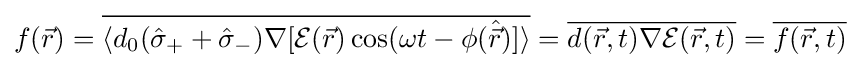
f({\vec {r}})={\overline {\langle d_{0}({\hat {\sigma }}_{+}+{\hat {\sigma }}_{-})\nabla [{\mathcal {E}}({\vec {r}})\cos(\omega t-\phi ({\hat {\vec {r}}})]\rangle }}={\overline {d({\vec {r}},t)\nabla {\mathcal {E}}({\vec {r}},t)}}={\overline {f({\vec {r}},t)}}